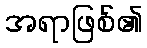
အရာဖြစ်၏